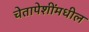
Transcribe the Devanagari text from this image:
चेतापेशींमधील